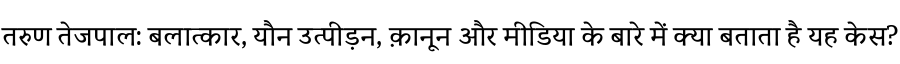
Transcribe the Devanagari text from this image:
तरुण तेजपाल: बलात्कार, यौन उत्पीड़न, क़ानून और मीडिया के बारे में क्या बताता है यह केस?